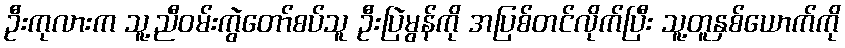
ဦးကုလားက သူ့ညီဝမ်းကွဲတော်စပ်သူ ဦးပြဲမွန်ကို အပြစ်တင်လိုက်ပြီး သူ့တူနှစ်ယောက်ကို